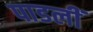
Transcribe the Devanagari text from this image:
पाडलीं